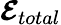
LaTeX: \boldsymbol{\mathcal{E}}_{total}